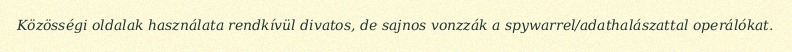
Közösségi oldalak használata rendkívül divatos, de sajnos vonzzák a spywarrel/adathalászattal operálókat.